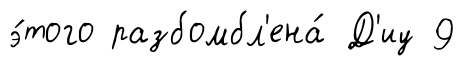
э́того разбомбл'ена́ Д'иу 9